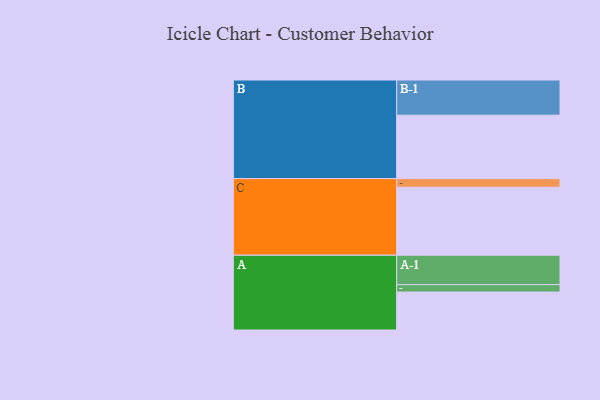
{"axis": {"x": "Segment", "y": "Value"}, "legend": ["", "A", "B", "C"], "data": [{"x": "A", "y": 317, "type": ""}, {"x": "B", "y": 530, "type": ""}, {"x": "C", "y": 568, "type": ""}, {"x": "A-1", "y": 246, "type": "A"}, {"x": "A-2", "y": 62, "type": "A"}, {"x": "B-1", "y": 294, "type": "B"}, {"x": "C-1", "y": 72, "type": "C"}]}